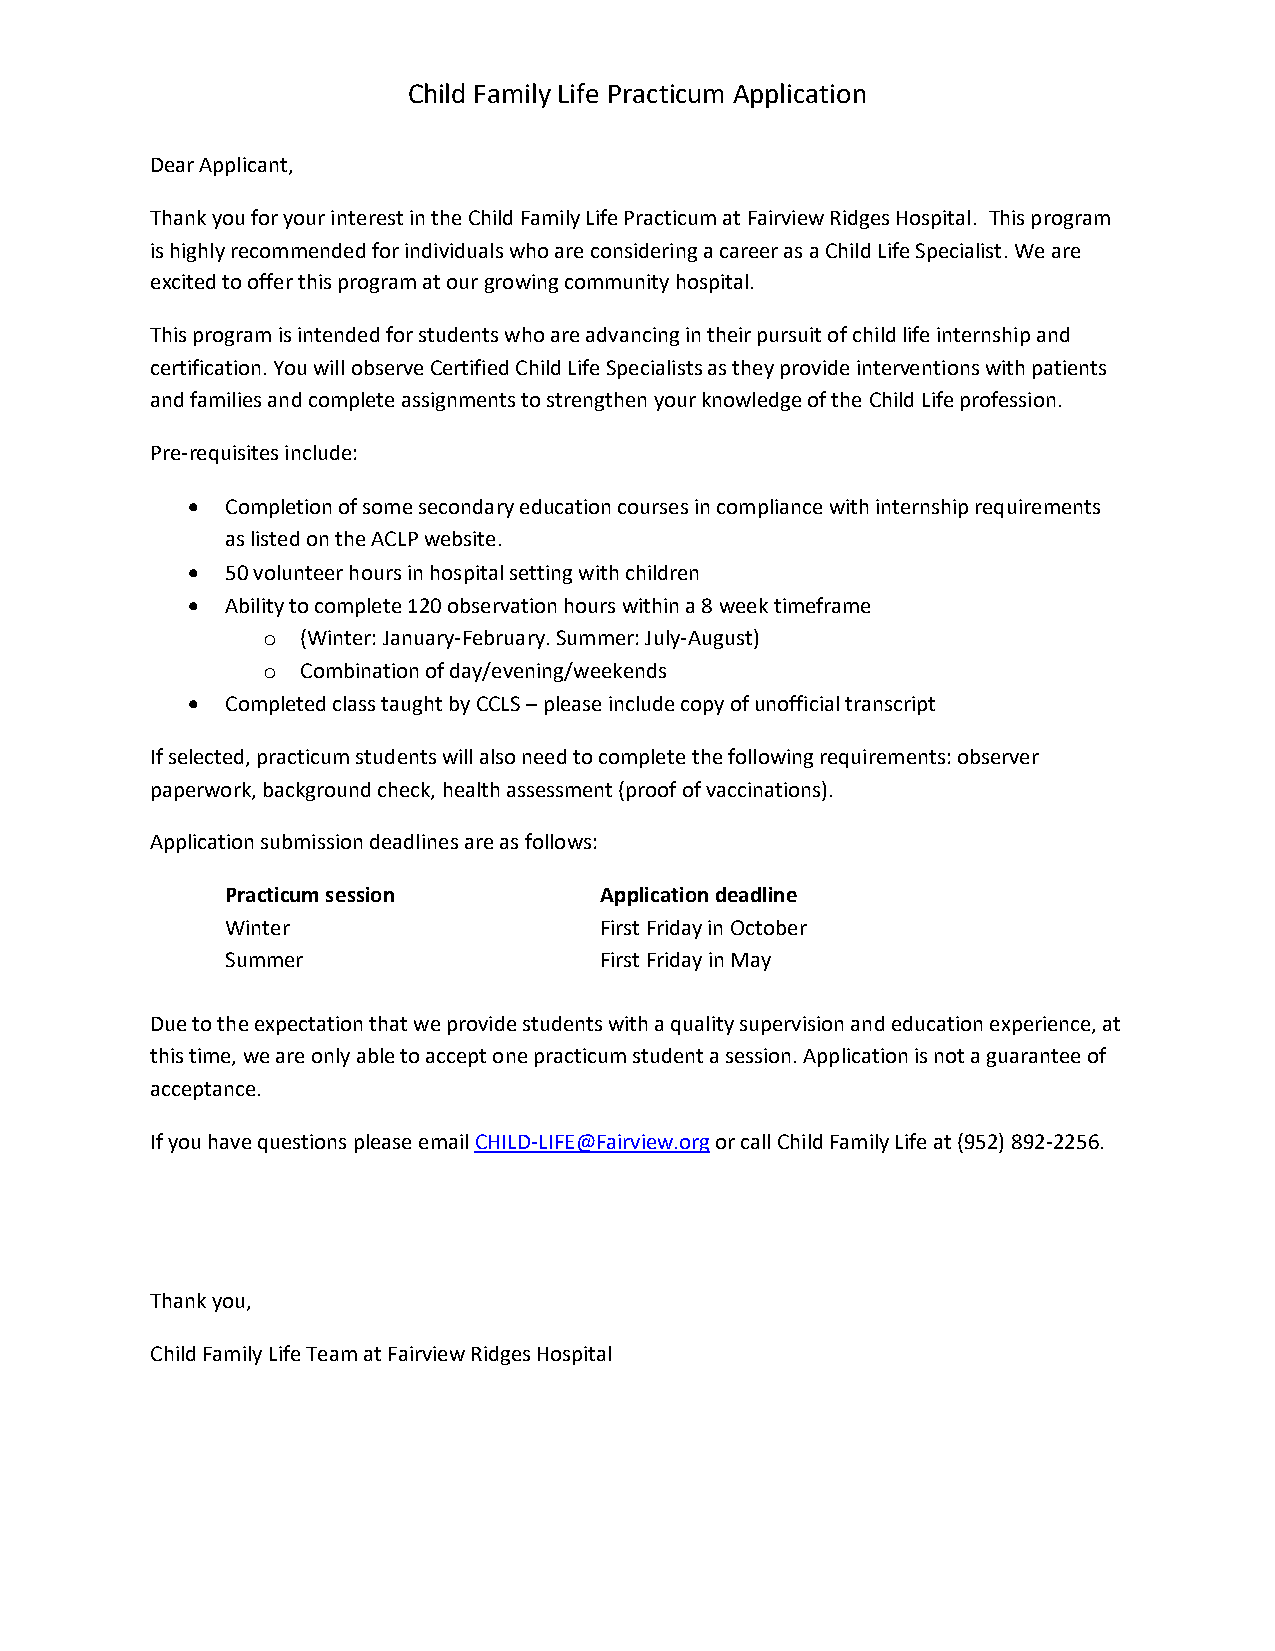
Child Family Life Practicum Application
 Dear Applicant,
 Thank you for your interest in the Child Family Life Practicum at Fairview Ridges Hospital. This program
 is highly recommended for individuals who are considering a career as a Child Life Specialist. We are
 excited to offer this program at our growing community hospital.
 This program is intended for students who are advancing in their pursuit of child life internship and
 certification. You will observe Certified Child Life Specialists as they provide interventions with patients
 and families and complete assignments to strengthen your knowledge of the Child Life profession.
 Pre-requisites include:
 •  Completion of some secondary education courses in compliance with internship requirements
 as listed on the ACLP website.
 •  50 volunteer hours in hospital setting with children
 •  Ability to complete 120 observation hours within a 8 week timeframe
 o  (Winter: January-February. Summer: July-August)
 o  Combination of day/evening/weekends
 •  Completed class taught by CCLS – please include copy of unofficial transcript
 If selected, practicum students will also need to complete the following requirements: observer
 paperwork, background check, health assessment (proof of vaccinations).
 Application submission deadlines are as follows:
 Practicum session        Application deadline
 Winter                   First Friday in October
 Summer                   First Friday in May
 Due to the expectation that we provide students with a quality supervision and education experience, at
 this time, we are only able to accept one practicum student a session. Application is not a guarantee of
 acceptance.
 If you have questions please email CHILD-LIFE@Fairview.org or call Child Family Life at (952) 892-2256.
 Thank you,
 Child Family Life Team at Fairview Ridges Hospital